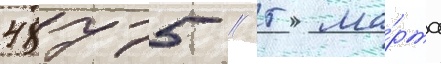
48775 // 5 ма́рта